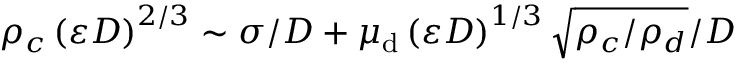
\rho _ { c } \left( \varepsilon D \right) ^ { 2 / 3 } \sim \sigma / D + \mu _ { \mathrm { d } } \left( \varepsilon D \right) ^ { 1 / 3 } \sqrt { \rho _ { c } / \rho _ { d } } / D